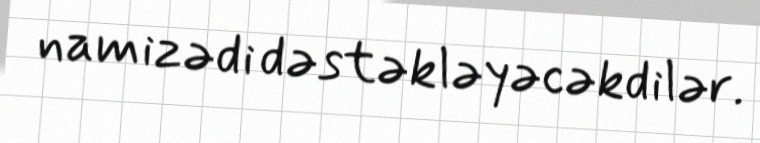
namizədi dəstəkləyəcəkdilər.